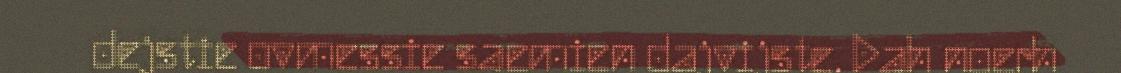
dejstie ovmessie saemien dajvijste. Dah noerh